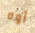
أوه